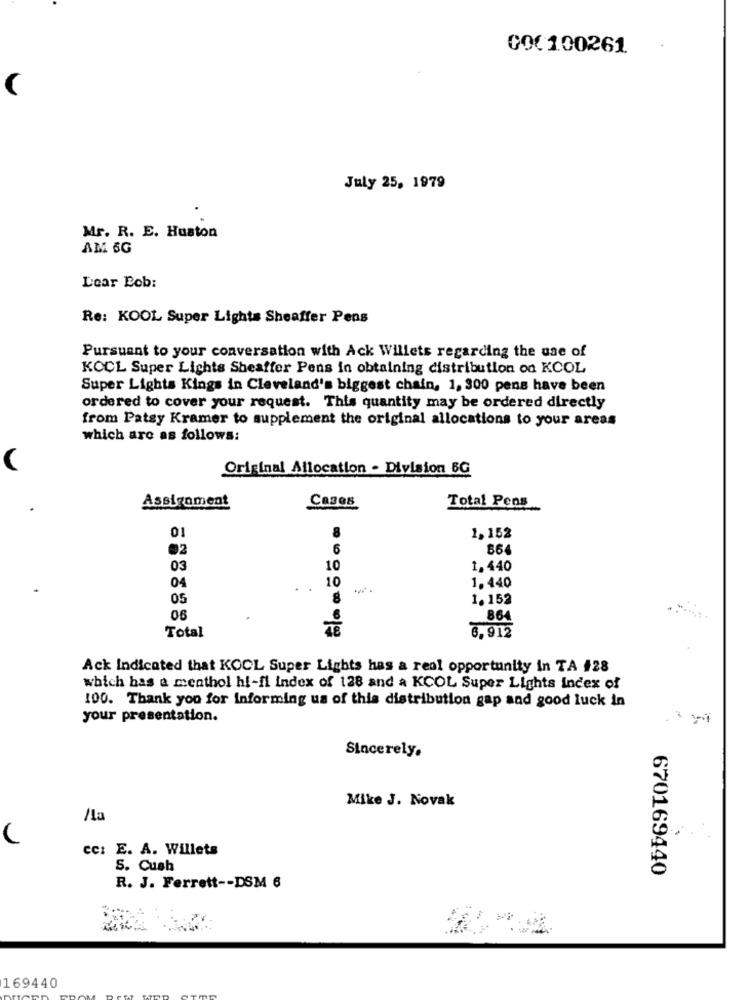
GOC 100261
July 25, 1979
Mr. R. E. Huston
AM 6G
Dear Bob:
Re: KOOL Super Lights Sheaffer Pens
Pursuant to your conversation with Ack Willets regarding the use of
KOCL Super Lights Sheaffer Pens in obtaining distribution on KCOL
Super Lights Kings in Cleveland's biggest chain, 1, 300 pens have been
ordered to cover your request. This quantity may be ordered directly
from Patsy Kramer to supplement the original allocations to your areas
which are as follows:
Original Allocation - Division BG
Cases
Total Pens
Assignment
8
1,152
6
86
03
10
1.440
1.440
04
10
05
1.152
06
864
Total
6,912
Ack Indicated that KOCL Super Lights has a real opportunity in TA #28
which has a menthol hi-fi index of 128 and a KCOL Super Lights index of
100. Thank you for Informing us of this distribution gap and good luck in
your presentation.
Sincerely.
Mike J. Novak
/La
cc: E. A. Willets
S. Cush
670169440
R. J. Ferrett -- DSM 6
169440